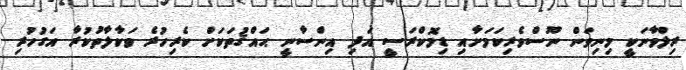
ރިލްވާނަކީ މިނިވަން ނޫސްވެރިކަމަށާއި ޑިމޮކްރަސީ އަދި އިންސާނީ ޙައްޤުތަކަށް ކެރިހުރެ ވަކާލާތުކުރާ އަގުހުރި